Lunatic asylums in Bengal annual reports 1899-1911 - 1899-1911
Year: 1899
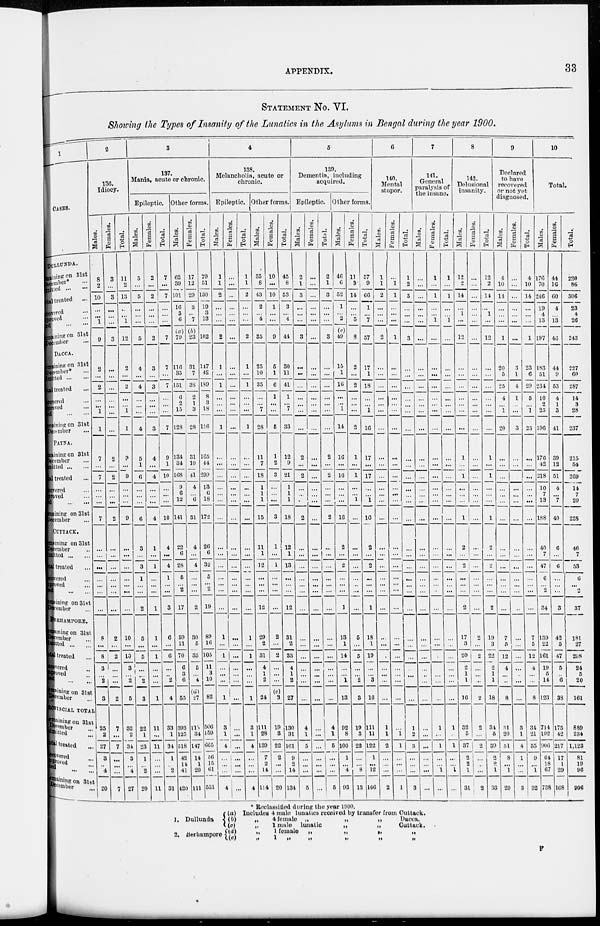
APPENDIX.
33
STATAMENT NO. VI.
Showing the Types of Insanity of the Lunatics in the Asylums in Bengal during the year 1900.
1
CASES.
DULLUNDA.
Remaining on 31st
December* ...
Admitted ...
Total treated ...
Recovered ...
Improved ...
Died ...
Remaining on 31st
December ...
DACCA.
Remaining on 31st
December* ...
Admitted ...
Total treated ...
Recovered ...
Improved ...
Died ... ...
Remaining on 31st
December
PATNA.
Remaining on 31st
December
Admitted ... ...
Total treated ...
Recovered ...
Impoved ...
Died ... ...
Remaining on 31st
December
CUTTACK.
Remaining on 31st
December ...
Admitted ...
Total treated ...
Recovered ...
Improved ...
Died ... ...
Remaining on 31st
December
BERHAMPORE.
Remaining on 31st
December
Admitted ... ...
Total treated ...
Recovered ...
Improved ...
Died ... ...
Remaining on 31st
December
PROVINCIAL TOTAL
Remaining on 31st
December
Admitted ...
Total treated ...
Recovered ...
Improved ...
Died ... ...
Remaining on 31st
December
2
136.
Idiocy.
Males.
8
2
10
...
...
1
9
2
...
2
...
...
1
1
7
...
7
...
...
...
7
...
...
...
...
...
...
...
8
...
8
3
...
2
3
25
2
27
3
...
4
20
Females.
3
...
3
...
...
...
3
...
...
...
...
...
...
...
2
...
2
...
...
...
2
...
...
...
...
...
...
...
2
...
2
...
...
...
2
7
...
7
...
...
...
7
Total.
11
2
13
...
...
1
12
2
...
2
...
...
1
1
9
...
9
...
...
...
9
...
...
...
...
...
...
...
10
...
10
3
...
2
5
32
2
34
3
...
4
27
3
137
Mania, acute or chronic.
Epileptic
Males.
5
...
5
...
...
...
5
4
...
4
...
...
...
4
5
1
6
...
...
...
6
3
...
3
1
...
...
2
5
...
5
...
... 2
3
22
1
23
1
...
2
20
Females.
2
...
2
...
...
...
2
3
...
3
...
...
...
3
4
...
4
...
...
...
4
1
...
1
...
...
...
1
1
...
1
...
...
...
1
11
...
11
...
...
...
11
Total.
7
...
7
...
...
...
7
7
...
7
...
...
7
9
1
10
...
...
...
10
4
...
4
1
...
...
3
6
...
6
...
...
2
4
33
1
34
1
...
2
31
Other forms.
Males.
62
39
101
16
3
6
(a)
79
116
33
151
6
2
15
128
134
34
168
9
6
12
141
22
6
28
5
...
2
17
59
11
70
6
3
6
55
393
125
518
42
14
41
420
Females.
17
12
29
3
...
7
(b)
23
31
7
38
2
1
3
28
31
10
41
4
...
6
31
4
...
4
...
...
...
2
30
5
35
5
...
4
(d)
27
113
34
147
14
1
20
111
Total.
79
51
130
19
3
13
102
147
42
189
8
3
18
156
165
44
209
13
6
18
172
26
6
32
5
...
2
19
89
16
105
11
3
10
82
506
159
665
56
15
61
531
4
138.
Melancholia, acute or
chronic.
Epileptic.
Males.
1
1
2
...
...
...
2
1
...
1
...
...
...
1
...
...
...
...
...
...
...
...
...
...
...
...
...
...
1
...
1
...
...
...
1
3
1
4
...
...
...
4
Females.
...
...
...
...
...
...
...
...
...
...
...
...
...
...
...
...
...
...
...
...
...
...
...
...
...
...
...
...
...
...
...
...
...
...
...
...
...
...
...
...
...
Total.
1
1
2
...
...
...
2
1
...
1
...
...
...
1
...
...
...
...
...
...
...
...
...
...
...
...
...
...
1
...
1
...
...
...
1
3
1
4
...
...
...
4
Other forms.
Males.
35
8
43
2
...
4
35
25
10
35
...
...
7
28
11
7
18
1
1
1
15
11
1
12
...
...
...
12
29
2
31
4
1
2
24
111
28
139
7
2
14
114
Females.
10
...
10
1
...
...
9
5
1
6
1
...
...
5
1
2
3
...
...
...
3
1
...
1
...
...
...
...
2
...
2
...
...
...
(e)
3
19
3
22
2
...
...
20
Total.
45
8
53
3
...
4
44
30
11
41
1
...
7
33
12
9
21
1
1
1
18
12
1
13
...
...
...
12
31
2
33
4
1
2
27
130
31
161
9
2
14
134
5
139.
Dementia, including
acquired.
Epileptic.
Males.
2
1
3
...
...
...
3
...
...
...
...
...
...
...
2
...
2
...
...
...
2
...
...
...
...
...
...
...
...
...
...
...
...
...
...
4
1
5
...
...
...
5
Females.
...
...
...
...
...
...
...
...
...
...
...
...
...
...
...
...
...
...
...
...
...
...
...
...
...
...
...
...
...
...
...
...
...
...
...
...
...
...
...
...
...
...
Total.
2
1
3
...
...
...
3
...
...
...
...
...
...
...
2
...
2
...
...
...
2
...
...
...
...
...
...
...
...
...
...
...
...
...
...
4
1
5
...
...
...
5
Other forms.
Males.
46
6
52
1
...
2
(c)
49
15
1
16
...
...
1
14
16
...
16
...
...
...
16
2
...
2
...
...
...
1
13
1
14
...
...
1
13
92
8
100
1
...
4
93
Females.
11
3
14
...
...
5
8
2
...
2
...
...
...
2
1
...
1
...
...
1
...
...
...
...
...
...
...
...
5
...
5
...
...
2
3
19
3
22
...
...
8
13
Total.
57
9
66
1
...
7
57
17
1
18
...
...
1
16
17
...
17
...
...
1
16
2
...
2
...
...
...
1
18
1
19
...
...
3
16
111
11
122
1
...
12
106
6
140.
Mental
stupor.
Males.
1
1
2
...
...
2
...
...
...
...
...
...
...
...
...
...
...
...
...
...
...
...
...
...
...
...
...
...
...
...
...
...
...
...
1
1
2
...
...
...
2
Females.
...
1
1
...
...
1
...
...
...
...
...
...
...
...
...
...
...
...
...
...
...
...
...
...
...
...
...
...
...
...
...
...
...
...
...
1
1
...
...
...
1
Total.
1
2
3
...
...
3
...
...
...
...
...
...
...
...
...
...
...
...
...
...
...
...
...
...
...
...
...
...
...
...
...
...
...
...
1
2
3
...
...
...
3
7
141.
General
paralysis of
the insane.
Males.
...
...
...
...
...
...
...
...
...
...
...
...
...
...
...
...
...
...
...
...
...
...
...
...
...
...
...
...
...
...
...
...
...
...
...
...
...
...
...
...
...
Females.
1
...
1
...
1
...
...
...
...
...
...
...
...
...
...
...
...
...
...
...
...
...
...
...
...
...
...
...
...
...
...
...
...
...
1
...
1
...
...
1
...
Total.
1
...
1
...
1
...
...
...
...
...
...
...
...
...
...
...
...
...
...
...
...
...
...
...
...
...
...
...
...
...
...
...
...
...
1
...
1
...
...
1
...
8
142.
Delusional
insanity.
Males.
12
2
14
1
...
12
...
...
...
...
...
...
...
1
...
1
...
...
...
1
2
...
2
...
...
...
2
17
3
20
2
1
1
16
32
5
37
2
2
1
31
Females.
...
...
...
...
...
...
...
...
...
...
...
...
...
...
...
...
...
...
...
...
...
...
...
...
...
...
...
2
...
2
...
...
...
2
2
...
2
...
... ...
2
Total.
12
2
14
1
...
12
...
...
...
...
...
...
...
1
...
1
...
...
...
1
2
...
2
...
...
...
2
19
3
22
2
1
1
18
34
5
39
2
2
1
33
9
Declared
to have
recovered
or not yet
diagnosed.
Males.
4
10
14
...
...
1
20
5
25
4
...
1
20
...
...
...
...
...
...
...
...
...
...
...
...
...
...
7
5
12
4
...
...
8
31
20
51
8
...
1
29
Females.
...
...
...
...
...
...
3
1
4
1
...
...
3
...
...
...
...
...
...
...
...
...
...
...
...
...
...
...
...
...
...
...
...
...
3
1
4
1
...
...
3
Total.
4
10
14
...
...
1
23
6
29
5
...
1
23
...
...
...
...
...
...
...
...
...
...
...
...
...
...
7
5
12
4
...
8
34
21
55
9
...
1
32
10
Total.
Males.
176
70
246
19
4
13
197
183
51
234
10
2
25
196
176
42
218
10
7
13
188
40
7
47
6
...
2
34
139
22
161
19
5
14
123
714
192
906
64
18
67
738
Females.
44
16
60
4
...
13
43
44
9
53
4
1
3
41
39
12
51
4
...
7
40
6
...
6
...
...
...
3
42
5
47
5
...
6
38
175
42
217
17
1
29
168
Total.
220
86
306
23
4
26
243
227
60
287
14
3
28
237
215
54
269
14
7
20
228
46
7
53
6
...
2
37
181
27
208
24
5
20
161
889
234
1,123
81
19
96
906
* Reclassified during the year 1900.
1. Dullunda
2. Berhampore
(a) Includes 4 male lunatics received by transfer from Cuttack.
(b)
„
4 female „
„
„
Dacca.
(c)
„
1 male lunatic
„
„
Cuttack.
(d)
„
1 female
„
„
„
„
(e)
„
1
„
„
„
„
„
F